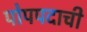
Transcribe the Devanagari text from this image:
पोपपदाची